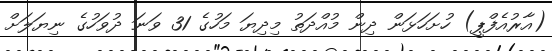
(އާރުއެފްޕީ) ހުށަހަޅަން ދިން މުއްދަތު މިދިޔަ މަހުގެ 31 ވަނަ ދުވަހުގެ ނިޔަލަށް